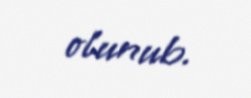
olunub.